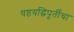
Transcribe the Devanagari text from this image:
षष्ठयद्धिपूर्तीचा